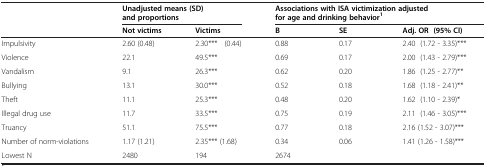
<table><thead><tr><td rowspan="2">[EMPTY_CELL]</td><td colspan="2"><b>Unadjusted means (SD) and proportions</b></td><td colspan="3"><b>Associations with ISA victimization adjusted for age and drinking behavior<sup>1</sup></b></td></tr><tr><td><b>Not victims</b></td><td><b>Victims</b></td><td><b>B</b></td><td><b>SE</b></td><td><b>Adj. OR (95% CI)</b></td></tr></thead><tbody><tr><td>Impulsivity</td><td>2.60 (0.48)</td><td>2.30*** (0.44)</td><td>0.88</td><td>0.17</td><td>2.40 (1.72 - 3.35)***</td></tr><tr><td>Violence</td><td>22.1</td><td>49.5***</td><td>0.69</td><td>0.17</td><td>2.00 (1.43 - 2.79)***</td></tr><tr><td>Vandalism</td><td>9.1</td><td>26.3***</td><td>0.62</td><td>0.20</td><td>1.86 (1.25 - 2.77)**</td></tr><tr><td>Bullying</td><td>13.1</td><td>30.0***</td><td>0.52</td><td>0.18</td><td>1.68 (1.18 - 2.41)**</td></tr><tr><td>Theft</td><td>11.1</td><td>25.3***</td><td>0.48</td><td>0.20</td><td>1.62 (1.10 - 2.39)*</td></tr><tr><td>Illegal drug use</td><td>11.7</td><td>33.5***</td><td>0.75</td><td>0.19</td><td>2.11 (1.46 - 3.05)***</td></tr><tr><td>Truancy</td><td>51.1</td><td>75.5***</td><td>0.77</td><td>0.18</td><td>2.16 (1.52 - 3.07)***</td></tr><tr><td>Number of norm-violations</td><td>1.17 (1.21)</td><td>2.35*** (1.68)</td><td>0.34</td><td>0.06</td><td>1.41 (1.26 - 1.58)***</td></tr><tr><td>Lowest N</td><td>2480</td><td>194</td><td colspan="3">2674</td></tr></tbody></table>